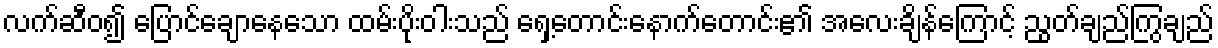
လက်ဆီဝ၍ ပြောင်ချောနေသော ထမ်းပိုးဝါးသည် ရှေ့တောင်းနောက်တောင်း၏ အလေးချိန်ကြောင့် ညွတ်ချည်ကြွချည်